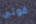
قوتى